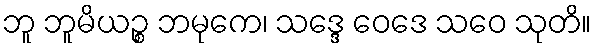
ဘူ ဘူမိယဉ္စ ဘမုကေ၊ သဒ္ဒေ ဝေဒေ သဝေ သုတိ။